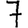
Digit: 7